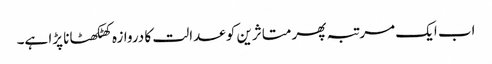
اب ایک مرتبہ پھر متاثرین کو عدالت کا دروازہ کھٹکھٹانا پڑا ہے۔